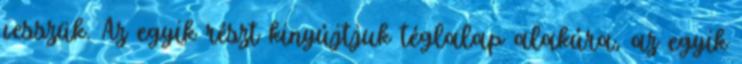
vesszük. Az egyik részt kinyújtjuk téglalap alakúra, az egyik